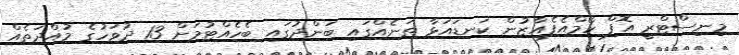
މިނިސްޓްރީ އޮފް ހޯމްއެފެއާޒުން ކަނޑައަޅާ ތަނެއްގައި ބަންދުގައި ބެހެއްޓުމަށް 13 ދުވަހުގެ މުއްދަތެއް